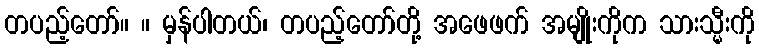
တပည့်တော်။ ။ မှန်ပါတယ်၊ တပည့်တော်တို့ အဖေဖက် အမျိုးကိုက သားသ္မီးကို